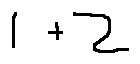
1 + 2